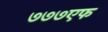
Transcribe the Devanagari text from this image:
७७७एफ